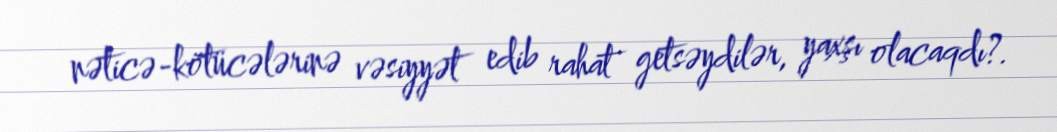
nəticə-kötücələrinə vəsiyyət edib rahat getsəydilər, yaxşı olacaqdı?.